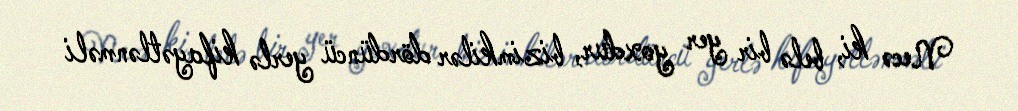
Necə ki, belə bir yer yoxdur, bizimkilər dördüncü yerlə kifayətlənməli